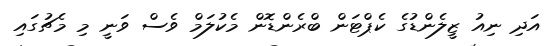
އަދި ނިއު ޒީލެންޑުގެ ކެޕްޓަން ބްރެންޑޮން މެކުލަމް ވެސް ވަނީ މި މެޗުގައި